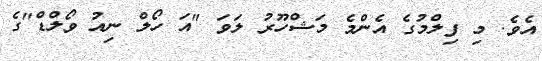
އެވެ. މި ފިލްމުގެ އެންމެ މަޝްހޫރު ލަވަ "އަ ހޯލް ނިއު ވޯލްޑް"ގެ